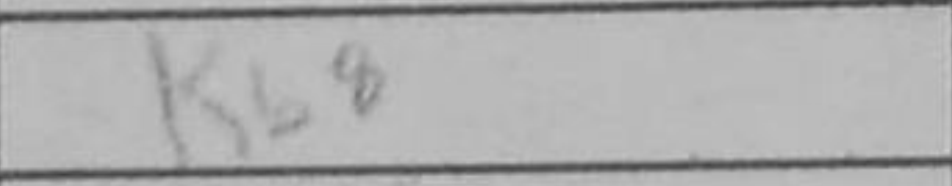
Transcription: Kb8